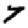
Digit: 7